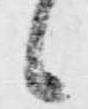
候